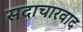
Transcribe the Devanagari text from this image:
सदाचारवाद